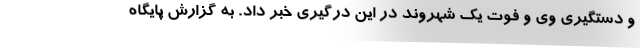
و دستگیری وی و فوت یک شهروند در این درگیری خبر داد. به گزارش پایگاه